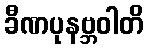
ခီဏပုနဗ္ဘဝါတိ